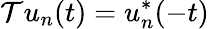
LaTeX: \mathcal Tu_{n}(t)=u_{n}^{*}(-t)